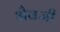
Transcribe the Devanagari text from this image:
अैवजी